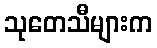
သုတေသီများက